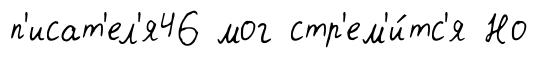
п'исат'ел'я46 мог стр'ем'и́тс'я Но